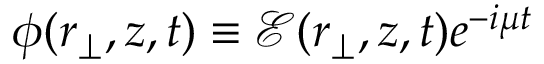
\phi ( { \boldsymbol { r } } _ { \perp } , z , t ) \equiv \mathcal { E } ( { \boldsymbol { r } } _ { \perp } , z , t ) e ^ { - i \mu t }